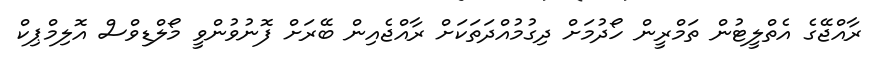
ރާއްޖޭގެ އެތްލީޓުން ތަމްރީން ހޯދުމަށް ދިގުމުއްދަތަކަށް ރާއްޖެއިން ބޭރަށް ފޮނުވުންވީ މޯލްޑިވްސް އޮލިމްޕިކް